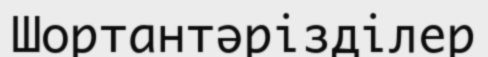
Шортантәрізділер